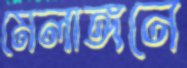
মেলাঙ্গনে